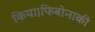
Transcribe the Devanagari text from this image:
किया।फिबोनाकी